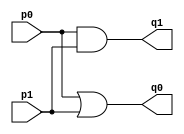


module HalfAdder(q0, q1, p0, p1); // q0 is same column, q1 is next column

input p0, p1;
output q0, q1;

or or_1(q0, p0, p1);
and and_1(q1, p0, p1);

endmodule